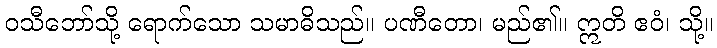
ဝသီဘော်သို့ ရောက်သော သမာဓိသည်။ ပဏီတော၊ မည်၏။ ဣတိ ဧဝံ၊ သို့။